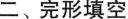
二、完形填空